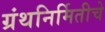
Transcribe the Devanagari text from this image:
ग्रंथनिर्मितीचे